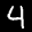
Label: 4